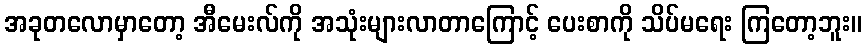
အခုတလောမှာတော့ အီမေးလ်ကို အသုံးများလာတာကြောင့် ပေးစာကို သိပ်မရေး ကြတော့ဘူး။